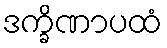
ဒက္ခိဏာပထံ